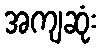
အကျဆုံး